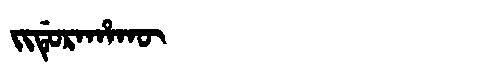
Manchu: ᠵᡳᡩᡠᡵᠠᡥᠠᡴᡡ
Romanization: JIDURAHAKŪ